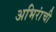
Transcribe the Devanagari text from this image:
अभिरांची